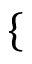
\left\{ \begin{array} { l l } \end{array} \right.